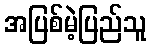
အပြစ်မဲ့ပြည်သူ